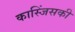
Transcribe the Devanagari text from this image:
कास्जिंसकी